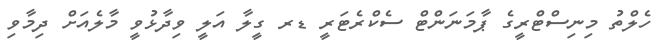
ހެލްތު މިނިސްޓްރީގެ ޕާމަނަންޓް ސެކްރެޓަރީ ޑރ ގީލާ އަލީ ވިދާޅުވީ މާލެއަށް ދިމާވި